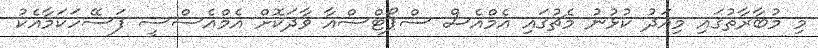
މި މުބާރާތުގައި މިއަދު ކުޅުނު މެޗުގައި އެމްއެސް ސްޕޯޓްސްއާ ވާދަކޮށް އެމްއެސްސީ ފަސޭހަކަމާއެކު